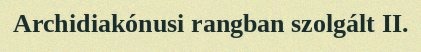
Archidiakónusi rangban szolgált II.